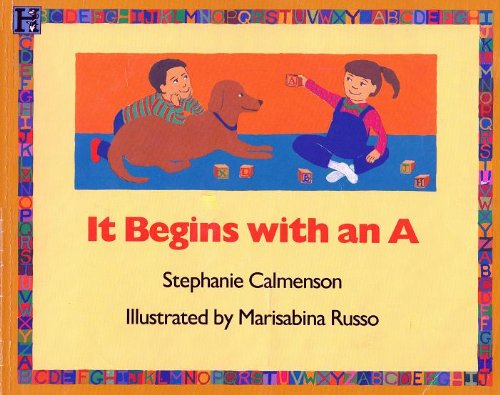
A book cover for It Begins with an A; Stephanie Calmenson; Children's Books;